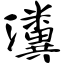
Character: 瀵